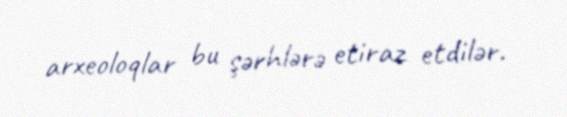
arxeoloqlar bu şərhlərə etiraz etdilər.